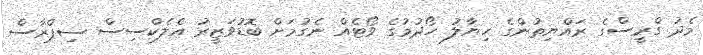
މެދު ގްރީސްގެ ރައްޔިތުންގެ ހިޔާލު ހޯދުމުގެ ވޯޓެއް ނެގުމަށް ބޮޑުވަޒީރު އެލެކްސިސް ސިޕްރާސް